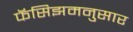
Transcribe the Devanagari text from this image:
फॅसिझमनुसार